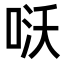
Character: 𠴎